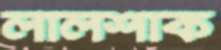
লালশাক